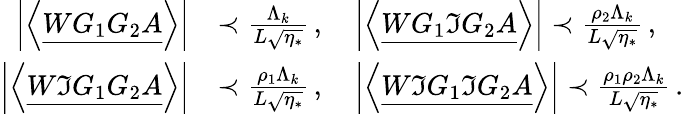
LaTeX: \begin{array}{rl}{\left|\left\langle{\underline{{WG_{1}G_{2}A}}}\right\rangle\right|}&{\prec\frac{\Lambda_{k}}{L\sqrt{\eta_{*}}}\, ,\quad\left|\left\langle{\underline{{WG_{1}\Im G_{2}A}}}\right\rangle\right|\prec\frac{\rho_{2}\Lambda_{k}}{L\sqrt{\eta_{*}}}\, ,}\\ {\left|\left\langle{\underline{{W\Im G_{1}G_{2}A}}}\right\rangle\right|}&{\prec\frac{\rho_{1}\Lambda_{k}}{L\sqrt{\eta_{*}}}\, ,\quad\left|\left\langle{\underline{{W\Im G_{1}\Im G_{2}A}}}\right\rangle\right|\prec\frac{\rho_{1}\rho_{2}\Lambda_{k}}{L\sqrt{\eta_{*}}}\, .}\end{array}